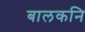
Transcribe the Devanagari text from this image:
बालकनि